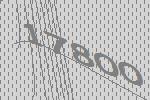
17800